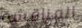
المناقشة